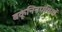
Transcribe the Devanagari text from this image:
बकूनिनपंथियों